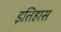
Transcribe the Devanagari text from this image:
इतिहास